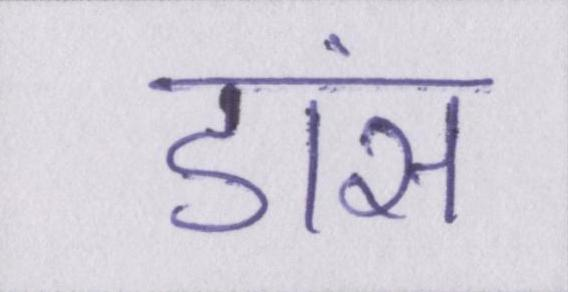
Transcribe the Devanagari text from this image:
डांस